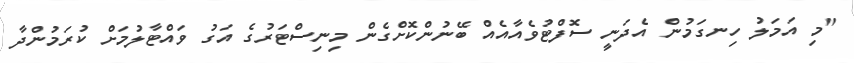
"މި އަމަލު ހިނގަމުން އެދަނީ ސޮފްޓުވެއާއެއް ބޭނުންކޮށްގެން މިނިސްޓަރުގެ އަގު ވައްޓާލުމަށް ކުރަމުންދާ